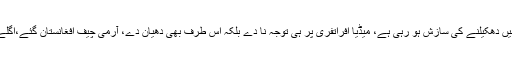
انہوں نے مزید کہا کہ پاکستان مشکل دور سے گزر رہا ہے ، پاکستان کو بند گلی میں دھکیلنے کی سازش ہو رہی ہے، میڈیا افراتفری پر ہی توجہ نا دے بلکہ اس طرف بھی دھیان دے، آرمی چیف افغانستان گئے،اگلے دن میں نے کہا خوف آ رہا ہے ضرور کچھ ہو گا، اگلے دن ملا فضل اللہ مارا گیا۔